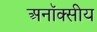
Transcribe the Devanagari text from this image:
अनॉक्सीय